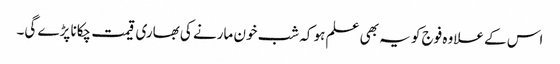
اس کے علاوہ فوج کو یہ بھی علم ہو کہ شب خون مارنے کی بھاری قیمت چکانا پڑے گی۔